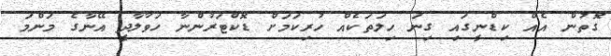
ގޮތުން އެއް ކިޑްނީގައި ގިނަ ހިލަތަކެއް ހުރިކަމަށް ޑޮކްޓަރުންނާ ހަވާލާދީ އޭނާގެ މަންމަ